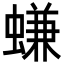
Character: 螊